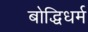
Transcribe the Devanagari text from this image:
बोद्धिधर्म